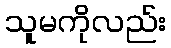
သူမကိုလည်း